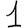
Digit: 1